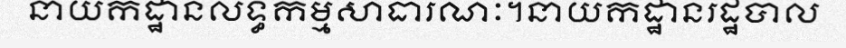
នាយកដ្ឋានលទ្ធកម្មសាធារណៈ។នាយកដ្ឋានរដ្ឋបាល